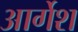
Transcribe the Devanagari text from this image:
आर्गेश